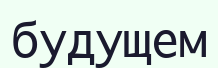
будущем